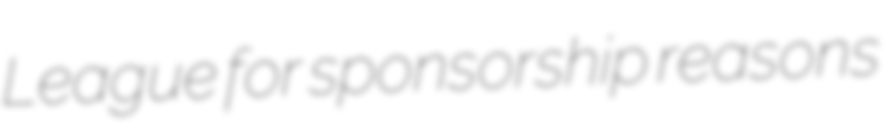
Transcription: League for sponsorship reasons